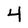
Character: 4